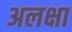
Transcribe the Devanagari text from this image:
अलक्षा